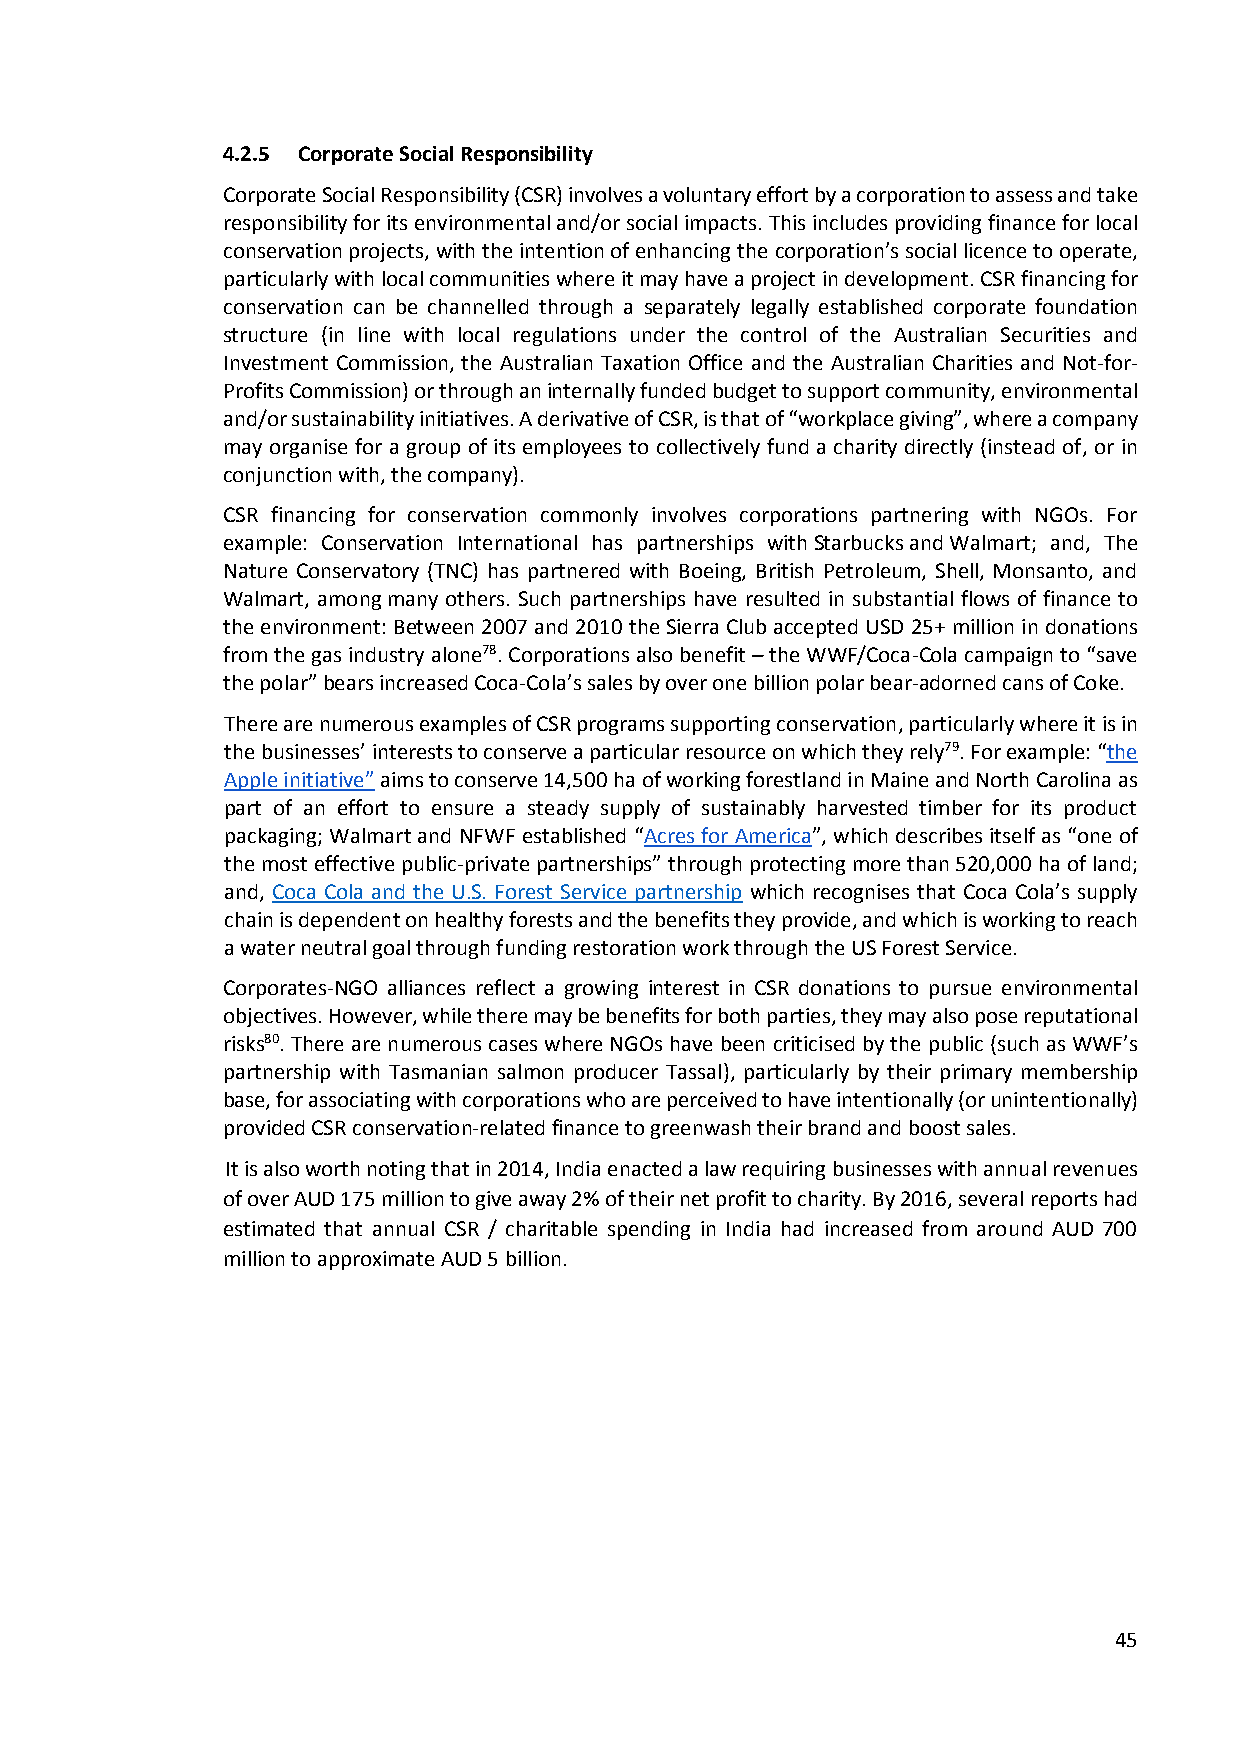
4.2.5 Corporate Social Responsibility
 Corporate Social Responsibility (CSR) involves a voluntary effort by a corporation to assess and take
 responsibility for its environmental and/or social impacts. This includes providing finance for local
 conservation projects, with the intention of enhancing the corporation’s social licence to operate,
 particularly with local communities where it may have a project in development. CSR financing for
 conservation can be channelled through a separately legally established corporate foundation
 structure (in line with local regulations under the control of the Australian Securities and
 Investment Commission, the Australian Taxation Office and the Australian Charities and Not-for-
 Profits Commission) or through an internally funded budget to support community, environmental
 and/or sustainability initiatives. A derivative of CSR, is that of “workplace giving”, where a company
 may organise for a group of its employees to collectively fund a charity directly (instead of, or in
 conjunction with, the company).
 CSR financing for conservation commonly involves corporations partnering with NGOs. For
 example: Conservation International has partnerships with Starbucks and Walmart; and, The
 Nature Conservatory (TNC) has partnered with Boeing, British Petroleum, Shell, Monsanto, and
 Walmart, among many others. Such partnerships have resulted in substantial flows of finance to
 the environment: Between 2007 and 2010 the Sierra Club accepted USD 25+ million in donations
 from the gas industry alone78. Corporations also benefit – the WWF/Coca-Cola campaign to “save
 the polar” bears increased Coca-Cola’s sales by over one billion polar bear-adorned cans of Coke.
 There are numerous examples of CSR programs supporting conservation, particularly where it is in
 the businesses’ interests to conserve a particular resource on which they rely79. For example: “the
 Apple initiative” aims to conserve 14,500 ha of working forestland in Maine and North Carolina as
 part of an effort to ensure a steady supply of sustainably harvested timber for its product
 packaging; Walmart and NFWF established “Acres for America”, which describes itself as “one of
 the most effective public-private partnerships” through protecting more than 520,000 ha of land;
 and, Coca Cola and the U.S. Forest Service partnership which recognises that Coca Cola’s supply
 chain is dependent on healthy forests and the benefits they provide, and which is working to reach
 a water neutral goal through funding restoration work through the US Forest Service.
 Corporates-NGO alliances reflect a growing interest in CSR donations to pursue environmental
 objectives. However, while there may be benefits for both parties, they may also pose reputational
 risks80. There are numerous cases where NGOs have been criticised by the public (such as WWF’s
 partnership with Tasmanian salmon producer Tassal), particularly by their primary membership
 base, for associating with corporations who are perceived to have intentionally (or unintentionally)
 provided CSR conservation-related finance to greenwash their brand and boost sales.
 It is also worth noting that in 2014, India enacted a law requiring businesses with annual revenues
 of over AUD 175 million to give away 2% of their net profit to charity. By 2016, several reports had
 estimated that annual CSR / charitable spending in India had increased from around AUD 700
 million to approximate AUD 5 billion.
 45